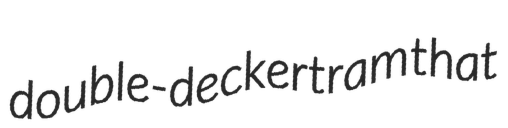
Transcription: double-decker tram that